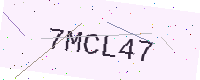
Text: 7MCL47